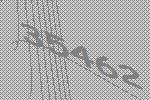
35462